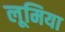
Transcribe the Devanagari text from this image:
लूमिया